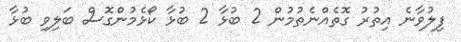
ފިލުވާނެ އިތުރު ގޮތެއްނެތުމުން 2 ބުޅާ 2 ބުޅާ ކޯޅެމުންގޮސް ބަލިވި ބުޅާ